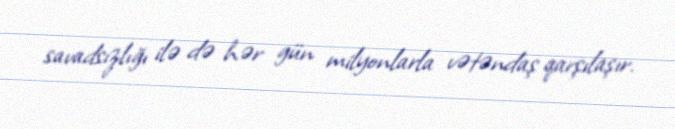
savadsızlığı ilə də hər gün milyonlarla vətəndaş qarşılaşır.